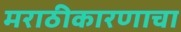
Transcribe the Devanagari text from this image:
मराठीकारणाचा